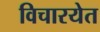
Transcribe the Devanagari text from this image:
विचारयेत